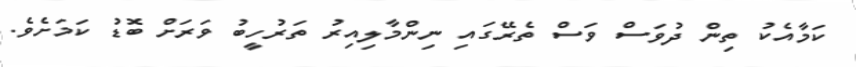
ކަމާއެކު ތިން ދުވަސް ވަސް ތެރޭގައި ނިންމާލިއިރު ތަރުހީބު ވަރަށް ބޮޑު ކަމަށެވެ.